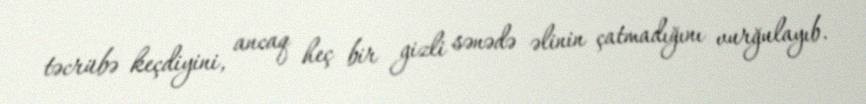
təcrübə keçdiyini, ancaq heç bir gizli sənədə əlinin çatmadığını vurğulayıb.